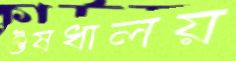
ঔষধালয়